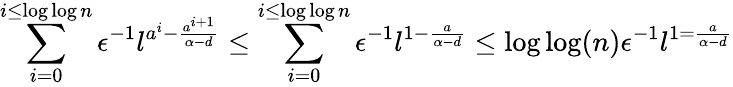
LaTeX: \sum_{i=0}^{i\leq\log\log n}\epsilon^{-1}l^{a^{i}-\frac{a^{i+1}}{\alpha-d}}\leq\sum_{i=0}^{i\leq\log\log n}\epsilon^{-1}l^{1-\frac{a}{\alpha-d}}\leq\log\log(n)\epsilon^{-1}l^{1=\frac{a}{\alpha-d}}